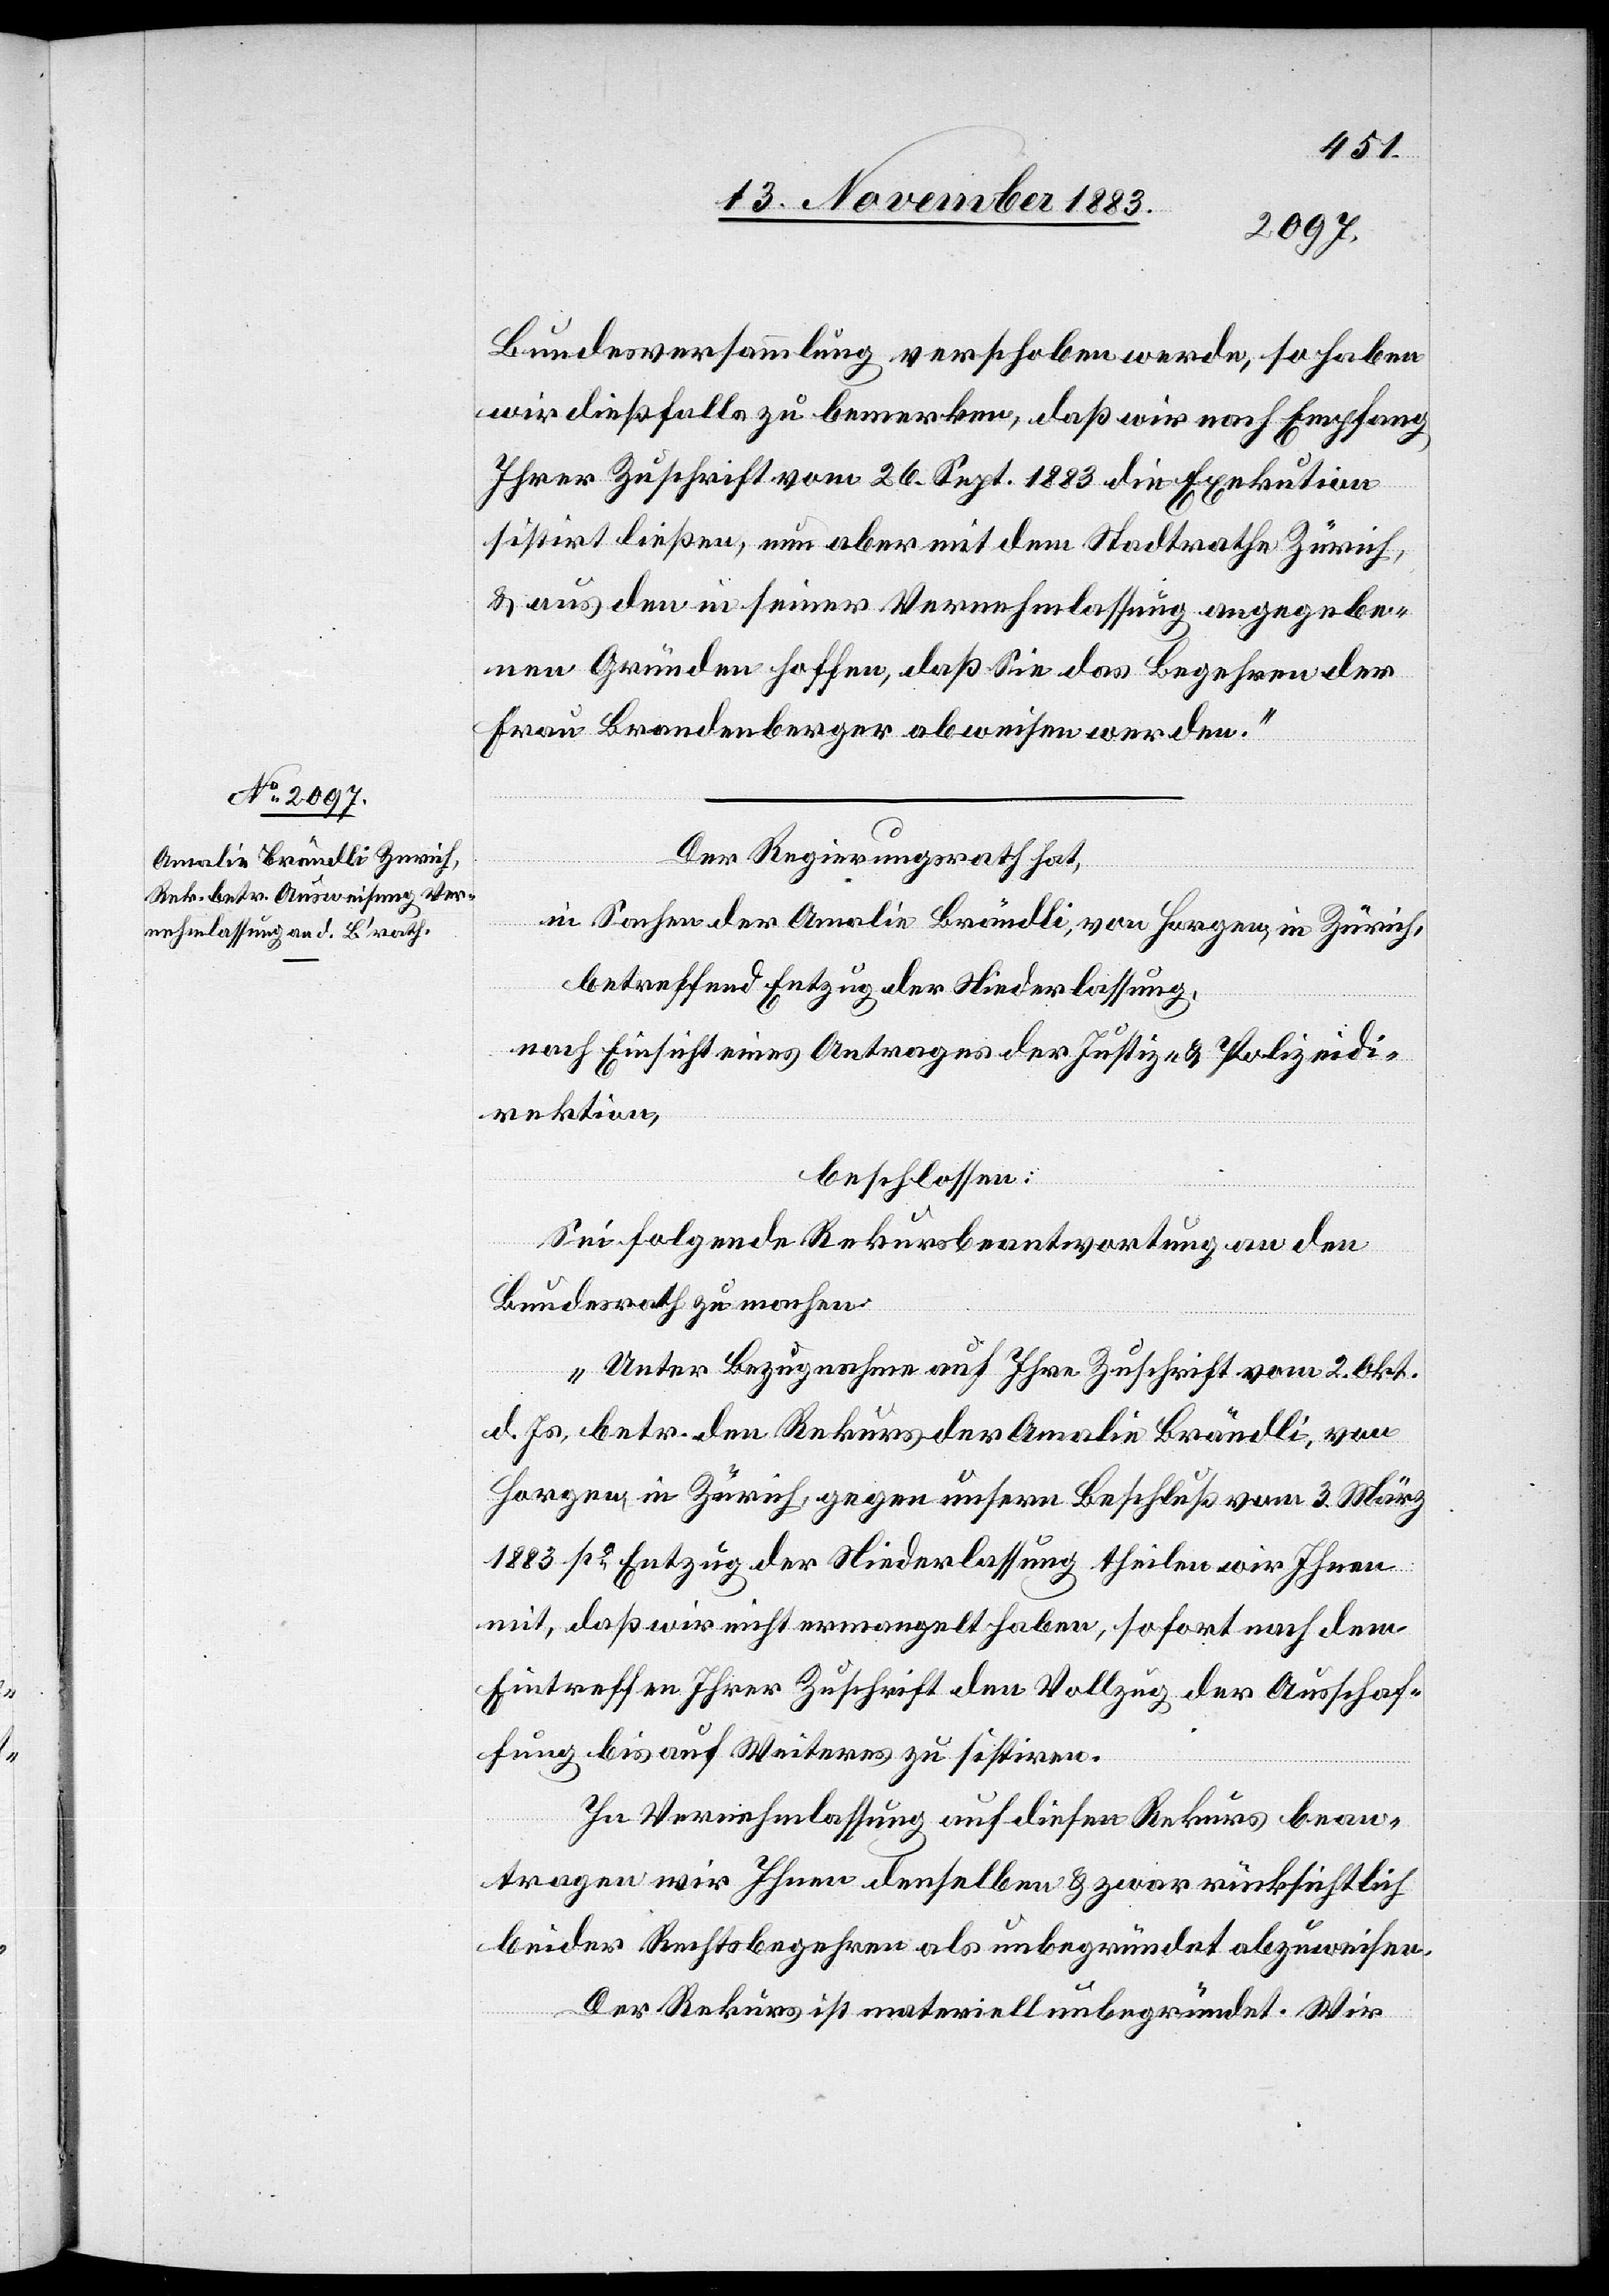
Bundesversammlung verschoben werde, so haben
wir dießfalls zu bemerken, daß wir nach Empfang
Ihrer Zuschrift vom 26. Sept. 1883 die Exekution
sistirt ließen, nun aber mit dem Stadtrathe Zürich,
& aus den in seiner Vernehmlassung angegebe¬
nen Gründen hoffen, daß Sie das Begehren der
Frau Brandenberger abweisen werden.“
Der Regierungsrath hat,
in Sachen der Amalie Brändli, von Horgen, in Zürich,
betreffend Entzug der Niederlassung,
nach Einsicht eines Antrages der Justiz- & Polizeidi¬
rektion,
beschlossen:
Sei folgende Rekursbeantwortung an den
Bundesrath zu machen:
„Unter Bezugnahme auf Ihre Zuschrift vom 2. Okt.
d. Js. betr. den Rekurs der Amalie Brändli, von
Horgen, in Zürich, gegen unsern Beschluß vom 3. März
1883 po Entzug der Niederlassung theilen wir Ihnen
mit, daß wir nicht ermangelt haben, sofort nach dem
Eintreffen Ihrer Zuschrift den Vollzug der Ausschaf¬
fung bis auf Weiteres zu sistiren.
In Vernehmlassung auf diesen Rekurs bean¬
tragen wir Ihnen denselben & zwar rücksichtlich
beider Rechtsbegehren als unbegründet abzuweisen.
Der Rekurs ist materiell unbegründet. Wir